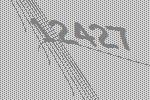
12427